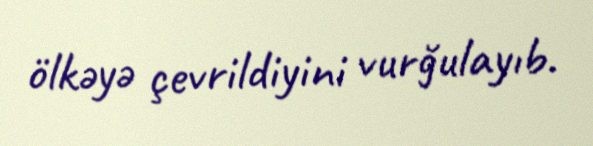
ölkəyə çevrildiyini vurğulayıb.